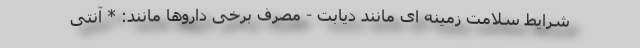
شرایط سلامت زمینه ای مانند دیابت - مصرف برخی داروها مانند: * آنتی